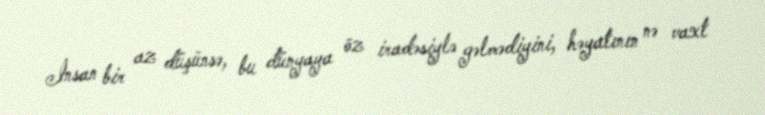
İnsan bir az düşünsə, bu dünyaya öz iradəsiylə gəlmədiyini, həyatının nə vaxt